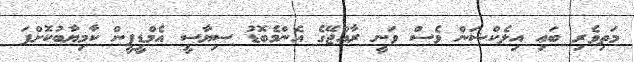
މަތިވެރި ބައި އިލެކްޝަން ވެސް ވަނީ ރާއްޖޭގެ އެންމެބޮޑު ސިޔާސީ އެމްޑީޕީން ކާމިޔާބުކޮށްފަ